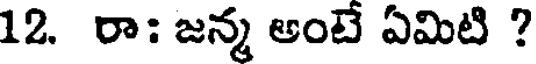
12. రా: జన్మ అంటే ఏమిటి ?